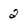
Character: 2